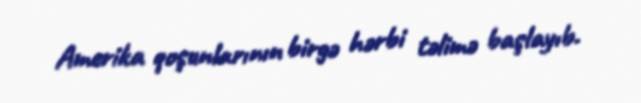
Amerika qoşunlarının birgə hərbi təlimə başlayıb.